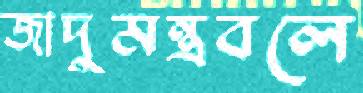
জাদুমন্ত্রবলে